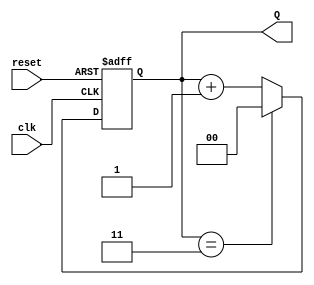
module binary_counter #(parameter N = 2) (
    input wire clk,       // Clock input
    input wire reset,     // Asynchronous reset input
    output reg [N-1:0] Q // Output representing the current state
);

    // Maximum value for the counter (2^N - 1)
    localparam MAX_COUNT = (1 << N) - 1;

    // State transition on the rising edge of the clock
    always @(posedge clk or posedge reset) begin
        if (reset) begin
            Q <= 0; // Reset the counter to 0
        end else begin
            if (Q == MAX_COUNT) begin
                Q <= 0; // Wrap around to 0
            end else begin
                Q <= Q + 1; // Increment the counter
            end
        end
    end

endmodule